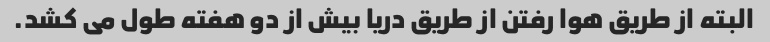
البته از طریق هوا رفتن از طریق دریا بیش از دو هفته طول می کشد.